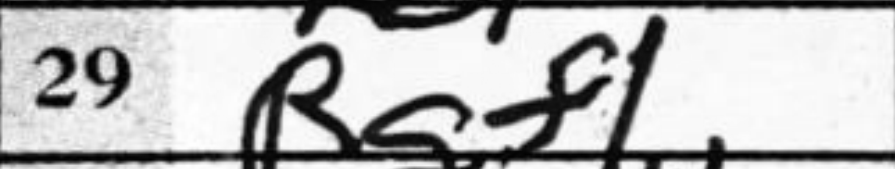
Transcription: Rgf1